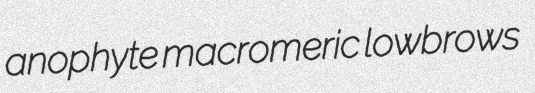
anophyte macromeric lowbrows